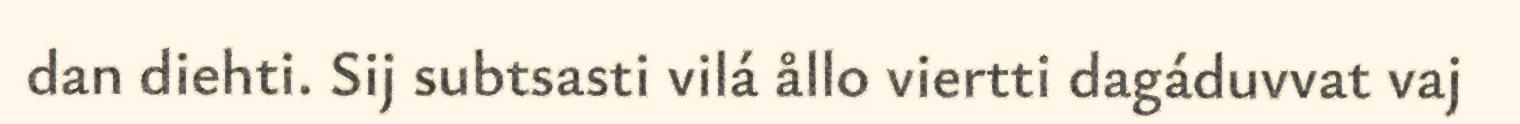
dan diehti. Sij subtsasti vilá ållo viertti dagáduvvat vaj